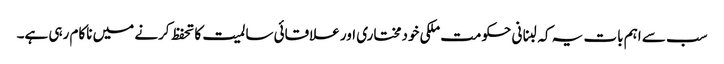
سب سے اہم بات یہ کہ لبنانی حکومت ملکی خودمختاری اور علاقائی سالمیت کا تحفظ کرنے میں ناکام رہی ہے۔